Indian journal of veterinary science and animal husbandry - Volume 3,
Year: 1933
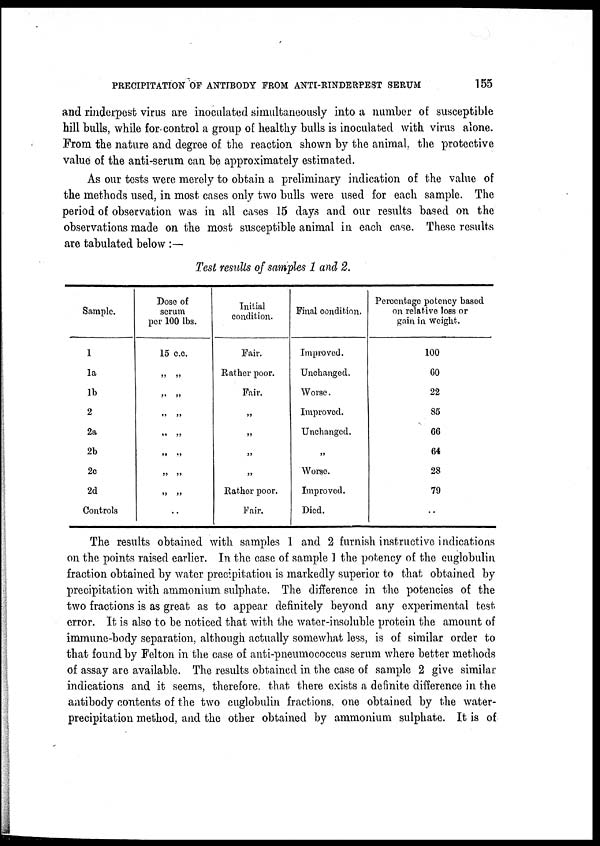
PRECIPITATION OF ANTIBODY FROM ANTI-RINDERPEST SERUM
155
and rinderpest virus are inoculated simultaneously into a number of susceptible
hill bulls, while for control a group of healthy bulls is inoculated with virus alone.
From the nature and degree of the reaction shown by the animal, the protective
value of the anti-serum can be approximately estimated.
As our tests were merely to obtain a preliminary indication of the value of
the methods used, in most cases only two bulls were used for each sample. The
period of observation was in all cases 15 days and our results based on the
observations made on the most susceptible animal in each case. These results
are tabulated below :—
Test results of samples 1 and 2.
Sample.
1
1a
1b
2
2a
2b
2c
2d
Controls
Dose of
serum
per 100 lbs.
15 c.c.
„ „
„ „
„ „
„ „
„ „
„ „
„ „
. .
Initial
condition.
Fair.
Rather poor.
Fair.
„
„
„
„
Rather poor.
Fair.
Final condition.
Improved.
Unchanged.
Worse.
Improved.
Unchanged.
„
Worse.
Improved.
Died.
Percentage potency based
on relative loss or
gain in weight.
100
60
22
85
66
64
28
79
. .
The results obtained with samples 1 and 2 furnish instructive indications
on the points raised earlier. In the case of sample 1 the potency of the euglobulin
fraction obtained by water precipitation is markedly superior to that obtained by
precipitation with ammonium sulphate. The difference in the potencies of the
two fractions is as great as to appear definitely beyond any experimental test
error. It is also to be noticed that with the water-insoluble protein the amount of
immune-body separation, although actually somewhat less, is of similar order to
that found by Felton in the case of anti-pneumococcus serum where better methods
of assay are available. The results obtained in the case of sample 2 give similar
indications and it seems, therefore that there exists a definite difference in the
antibody contents of the two euglobulin fractions, one obtained by the water-
precipitation method, and the other obtained by ammonium sulphate. It is of